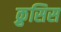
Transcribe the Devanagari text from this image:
क्रुसिस